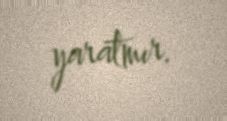
yaratmır.